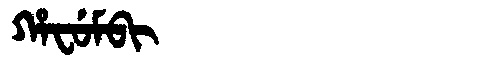
Manchu: ᡥᠠᠸᡠᠮᠪᡳ
Romanization: HAFUMBI